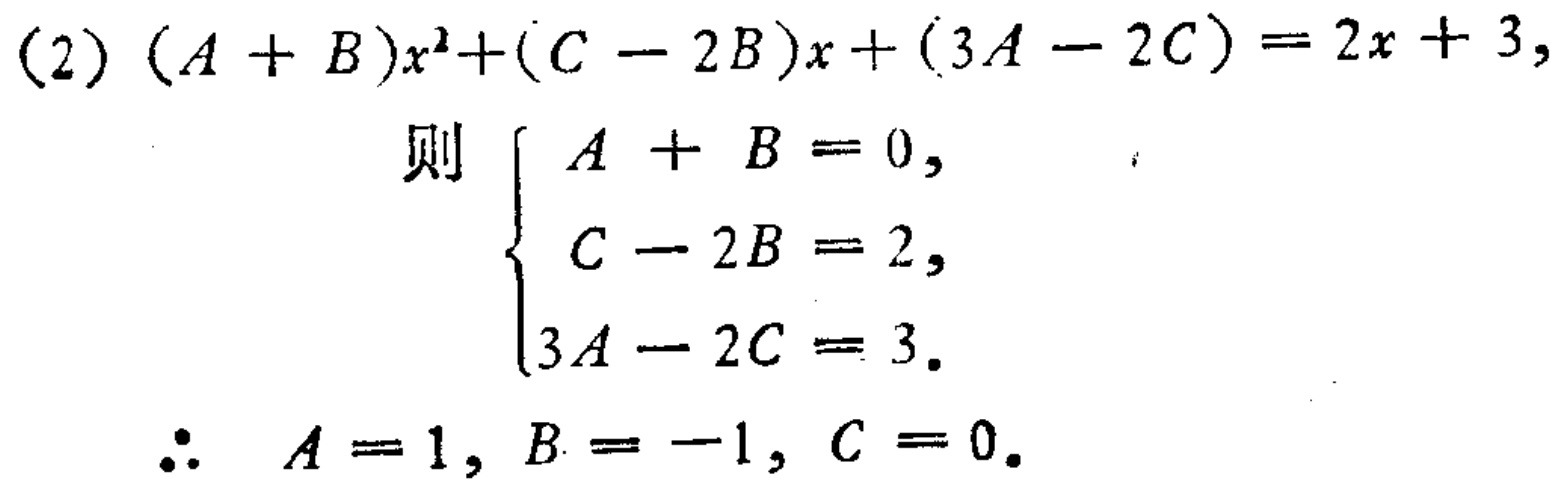
(2) \((A + B)x^{2}+(C - 2B)x+(3A - 2C)=2x + 3,\)

则 \(\begin{cases}

A + B = 0,\\

C - 2B = 2,\\

3A - 2C = 3.

\end{cases}\)

\(\therefore A = 1, B = -1, C = 0.\)